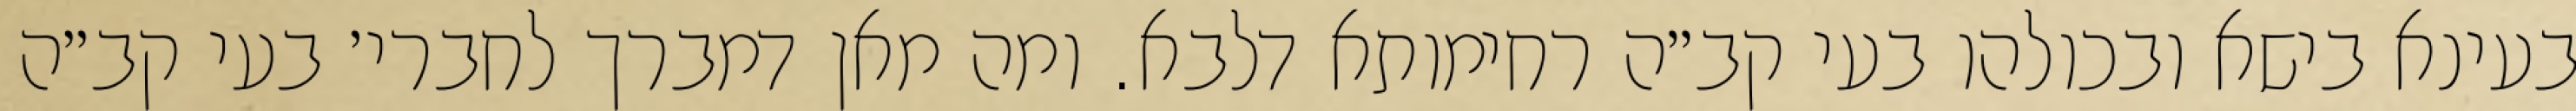
בעינא בישא ובכולהו בעי קב״ה רחימותא דלבא. ומה מאן דמברך לחברי׳ בעי קב״ה